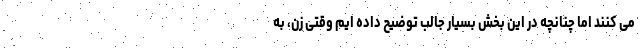
می کنند اما چنانچه در این بخش بسیار جالب توضیح داده ایم وقتی زن، به